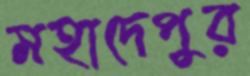
মহাদেপুর